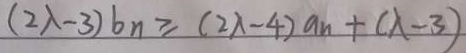
( 2 \lambda - 3 ) b _ { n } \geq ( 2 \lambda - 4 ) a _ { n } + ( \lambda - 3 )